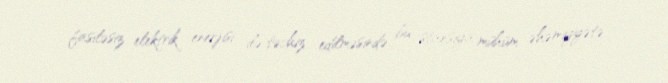
fasiləsiz elektrik enerjisi ilə təchiz edilməsində bu stansiya mühüm əhəmiyyətə